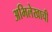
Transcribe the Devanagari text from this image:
अभिलेखाची